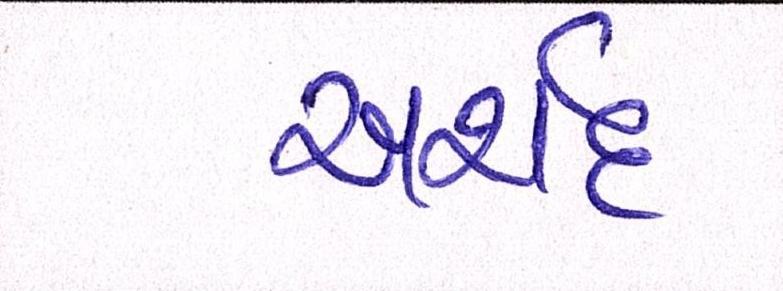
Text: અર્શદ